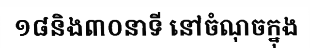
១៨និង៣០នាទី នៅចំណុចក្នុង